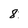
Character: 8